Civil Veterinary Department. Madras. Admin. report 1926-33 - 1926-1933
Year: 1926
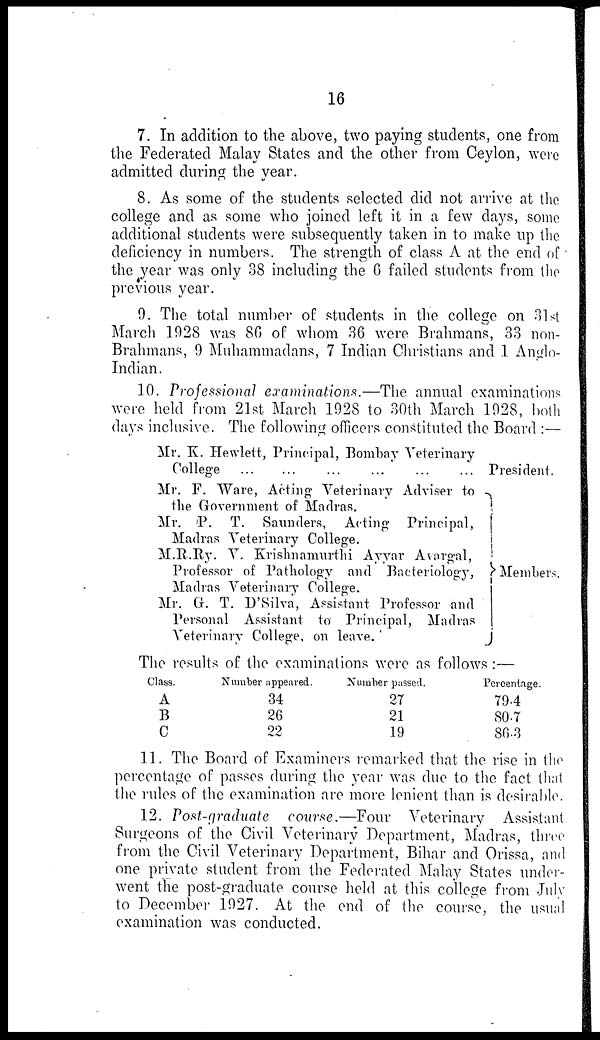
16
7. In addition to the above, two paying students, one from
the Federated Malay States and the other from Ceylon, were
admitted during the year.
8. As some of the students selected did not arrive at the
college and as some who joined left it in a few days, some
additional students were subsequently taken in to make up the
deficiency in numbers. The strength of class A at the end of
the year was only 38 including the 6 failed students from the
previous year.
9. The total number of students in the college on 31st
March 1928 was 86 of whom 36 were Brahmans, 33 non-
Brahmans, 9 Muhammadans, 7 Indian Christians and 1 Anglo-
Indian.
10. Professional examinations.—The annual examinations
were held from 21st March 1928 to 30th March 1928, both
days inclusive. The following officers constituted the Board :—
Mr. K. Hewlett, Principal, Bombay Veterinary
College
...
...
...
...
...
...
Mr. F. Ware, Acting Veterinary Adviser to
the Government of Madras.
Mr. P. T. Saunders, Acting Principal,
Madras Veterinary College.
M.R.Ry. V. Krishnamurthi Ayyar Avargal,
Professor of Pathology and Bacteriology,
Madras Veterinary College.
Mr. G. T. D'Silva, Assistant Professor and
Personal Assistant to Principal, Madras
Veterinary College, on leave.
President.
Members.
The results of the examinations were as follows:—
Class.
A
B
C
Number appeared.
34
26
22
Number passed.
27
21
19
Percentage.
79.4
80.7
86.3
11. The Board of Examiners remarked that the rise in the
percentage of passes during the year was due to the fact that
the rules of the examination are more lenient than is desirable.
12. Post-graduate course.—Four Veterinary Assistant
Surgeons of the Civil Veterinary Department, Madras, three
from the Civil Veterinary Department, Bihar and Orissa, and
one private student from the Federated Malay States under-
went the post-graduate course held at this college from July
to December 1927. At the end of the course, the usual
examination was conducted.